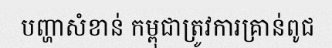
បញ្ហាសំខាន់ កម្ពុជាត្រូវការគ្រាន់ពូជ